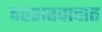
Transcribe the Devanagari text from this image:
दहशतवादात